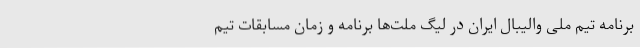
برنامه تیم ملی والیبال ایران در لیگ ملت‌ها برنامه و زمان مسابقات تیم